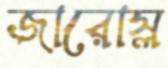
জারোস্ল